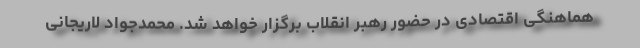
هماهنگی اقتصادی در حضور رهبر انقلاب برگزار خواهد شد. محمدجواد لاریجانی